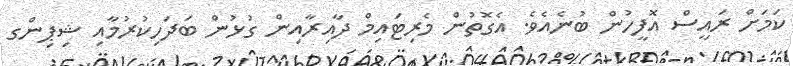
ކަމަށް ރައީސް އޮފީހުން ބުނެއެވެ. އެގޮތުން މެރިޓައިމް ދާއިރާއިން ގުޅުން ބަދަހިކުރުމާއި ޝިޕިންގ